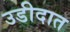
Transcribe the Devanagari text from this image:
उडीदात